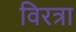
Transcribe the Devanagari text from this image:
विरत्रा